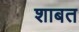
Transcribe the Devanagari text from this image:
शाबत